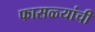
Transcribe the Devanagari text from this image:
फासळ्यांची